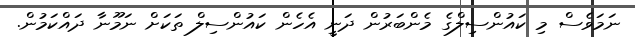
ނަމަވެސް މި ކައުންސިލްގެ މެންބަރުން ދަނީ އެހެން ކައުންސިލް ތަކަށް ނަމޫނާ ދައްކަމުން.